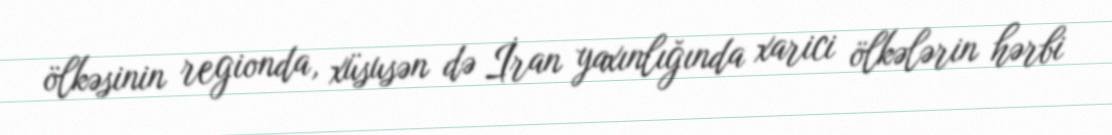
ölkəsinin regionda, xüsusən də İran yaxınlığında xarici ölkələrin hərbi